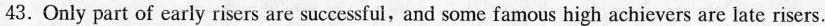
43. Only part of early risers are successful, and some famous high achievers are late risers.